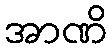
အာဏိ